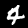
Digit: 4